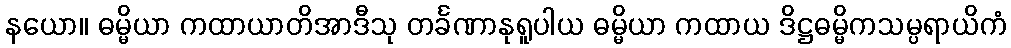
နယော။ ဓမ္မိယာ ကထာယာတိအာဒီသု တင်္ခဏာနုရူပါယ ဓမ္မိယာ ကထာယ ဒိဋ္ဌဓမ္မိကသမ္ပရာယိကံ